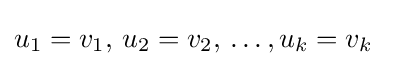
u_{1}=v_{1},\,u_{2}=v_{2},\,\ldots ,u_{k}=v_{k}\quad